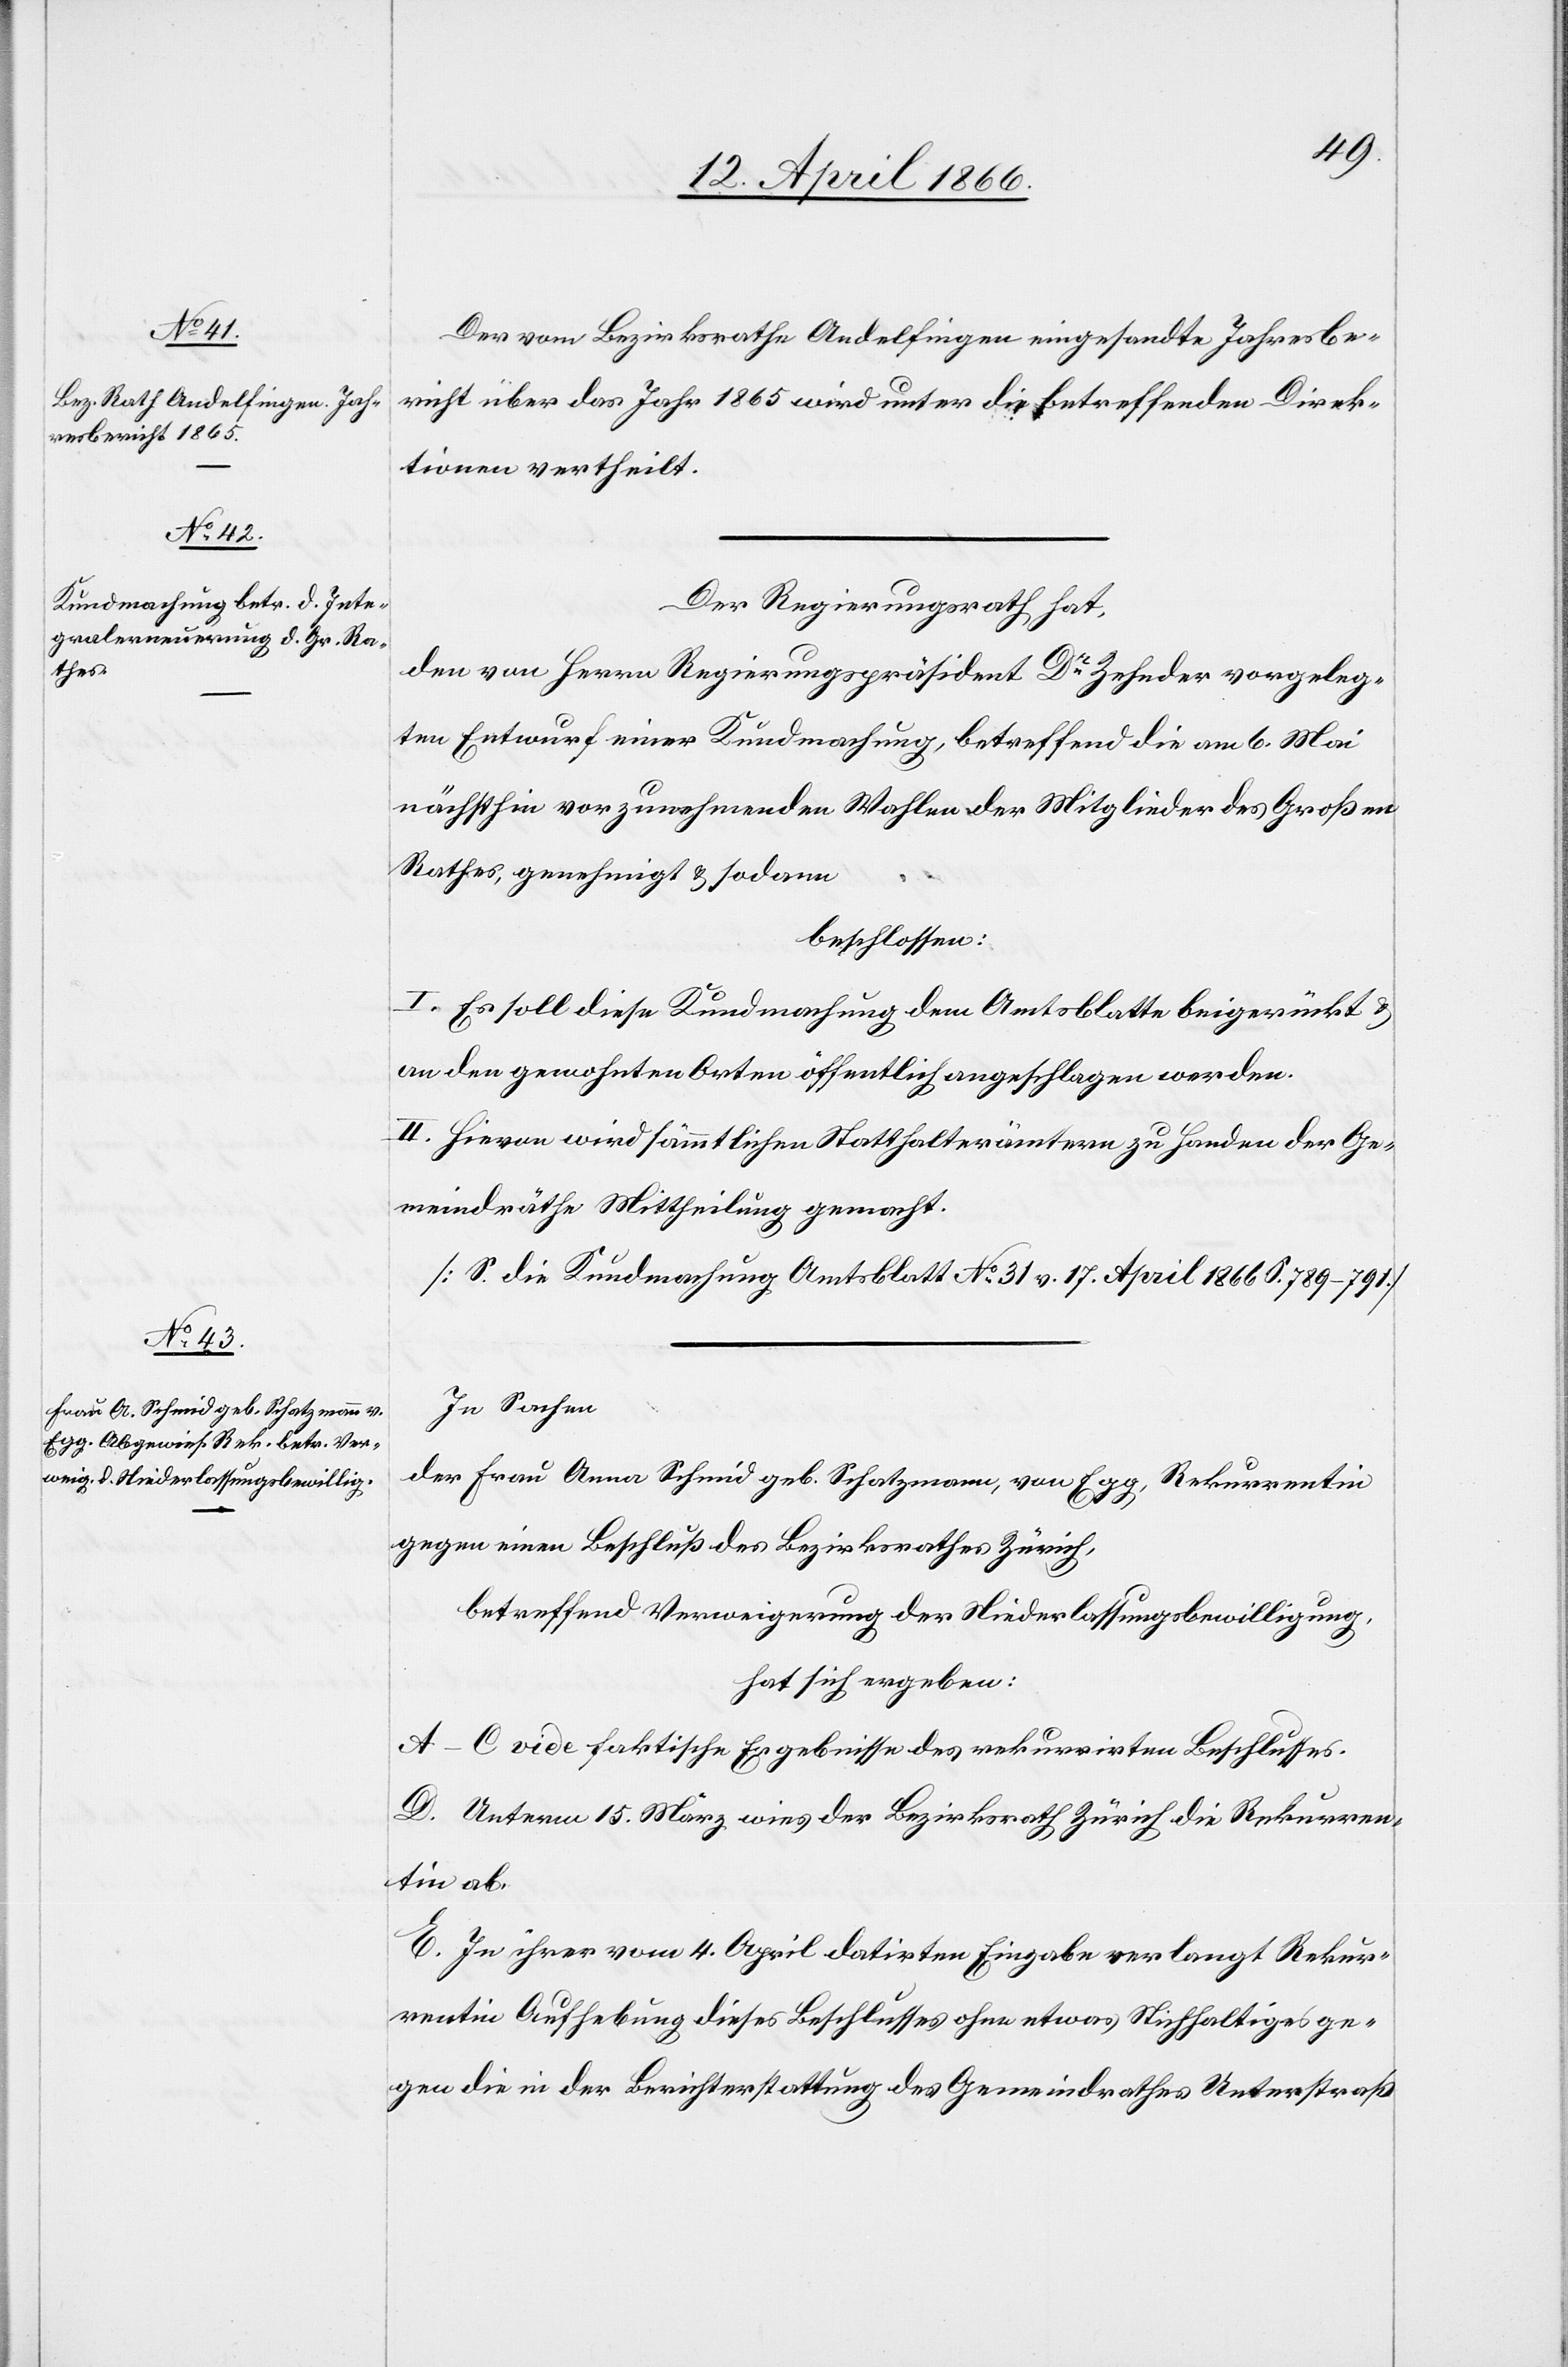
Der vom Bezirksrathe Andelfingen eingesandte Jahresbe¬
richt über das Jahr 1865 wird unter die betreffenden Direk¬
tionen vertheilt.
Der Regierungsrath hat,
den von Herrn Regierungspräsident Dr. Zehner vorgeleg¬
ten Entwurf einer Kundmachung, betreffend die am 6. Mai
nächsthin vorzunehmenden Wahlen der Mitglieder des Großen
Rathes, genehmigt u. sodann
beschlossen:
I. Es soll diese Kundmachung dem Amtsblatte beigerückt u.
an den gewohnten Orten öffentlich angeschlagen werden.
II. Hievon wird sämmtlichen Statthalterämtern zu Handen der Ge¬
meindräthe Mittheilung gemacht.
[S. die Kundmachung Amtsblatt N. 31 v. 17. April 1866 S. 789–791.]
In Sachen
der Frau Anna Schmid geb. Schatzmann, von Egg, Rekurrentin
gegen einen Beschluß des Bezirksrathes Zürich,
betreffend Verweigerung der Niederlassungsbewilligung,
hat sich ergeben:
A–C vide faktische Ergebnisse des rekurrirten Beschlusses.
D. Unterm 15. März wies der Bezirksrath Zürich die Rekurren¬
tin ab.
E. In ihrer vom 4. April datirten Eingabe verlangt Rekur¬
rentin Aufhebung dieses Beschlusses ohne etwas Stichhaltiges ge¬
gen die in der Berichterstattung des Gemeindrathes Unterstraß